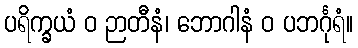
ပရိက္ခယံ ဝ ဉာတီနံ၊ ဘောဂါနံ ဝ ပဘင်္ဂုရံ။